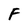
Character: F